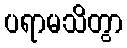
ပရာမသိတွာ